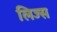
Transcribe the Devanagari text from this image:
लिज्स